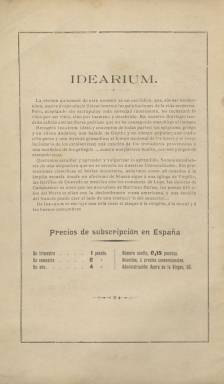
Título: Idearium (Granada. 1900)
Colección: Literatura
Ámbito geográfico: Granada
Lugar de publicación: Granada
Fechas: 15/06/1900-31/07/1900

Literatura y arte es la indicación que acompaña a la cabecera de esta revista publicada en el tránsito entre un siglo y otro como representante de “esa minoría culta que siempre ha existido en Granada”, según señala Emilio Orozco Díaz en el prólogo a los índices redactados por María Angustias Pardo López y Cristina Peregrín Pardo y publicados por la universidad granadina en 1985. De Idearium fueron editados hasta un total de 38 números quincenales, desde el 15 de junio de 1900 al 31 de diciembre de 1901, en cuadernos de 16 páginas, con foliación continuada y compuestas a una columna, revestidos por una cubierta de bello y modernista diseño y estampada a color, que salieron de la Tipografía-Litografía de la Viuda e Hijos de Paulino Ventura Traveset, al que se le atribuye, además, su propiedad. Será impulsada por el poeta y catedrático Miguel Gutiérrez Jiménez (1847-1914), que será su director literario, y el artístico, el pintor Isidoro Marín (1863-1926), destacando también de ella los dibujos, reproducciones artísticas y fotograbados que publica, por lo que cuando inicie su segunda época, el quince de enero de 1901 (número 16), adoptará el subtítulo de “revista andaluza ilustrada”, añadiendo a su carácter literario el de actualidad y ampliando también su ámbito territorial y de contenidos más allá del local para abarcar a toda la región andaluza, aunque ya los venía asumiendo desde sus inicios.

El propio fundador dirá de su periódico que “sin ser modernista, aspira a reproducir literariamente las palpitaciones de la vida moderna. Pero aceptando sin escrúpulos toda novedad interesante, no rechazará lo viejo por ser viejo, sino por inameno y desabrido”, añadiendo que recogerá “ideas y conceptos de todas partes: un epigrama griego y un chiste andaluz; una balada de Goethe y un cuento popular; una tradición persa y una leyenda granadina; el himno de los Boers y el revolucionario de los catalanistas; una canción de los trovadores provenzales y una muñeira de los gallegos”. De Idearium se excluirá “una sola cosa: el ataque a la religión, a la moral y a las buenas costumbres”, se termina afirmando en su exposición de intenciones. Es por tanto, un periódico que albergará la creación literaria, tanto en prosa como en verso, pero que también tratará asuntos de actualidad, desde cuestiones del pensamiento político e ideológico español a otras más livianas o de costumbres locales.

Un aspecto de capital importancia en torno a esta revista y que está reflejado en el título que adopta es su relación e influencia directa con el Idearium español, que Ángel Ganivet (1865-1898) había dado tres años antes a la imprenta en Granada. Precisamente, en el primer número de la revista aparecerá una “carta” bajo el rótulo Literatura inglesa, firmada por este autor granadino y acompañado de su retrato. Hasta un centenar y medio de nombres aparecen como autores de sus textos, entre locales, regionales, nacionales y extranjeros. Entre ellos, además de su director, se encontrarán C. José de Cuenca (que será posteriormente su administrador y gerente), Antonio Joaquín Afán de la Rivera, Amando Castroviejo, José Durbán y Orozco, Rodolfo Gil, Fermín Gil de Aincildegui, Salvador Gómez Anaya, Onofre González Quijano, Juan Guillén Sotelo, Plácido Langle, Ricardo León, Nicolás María López, Baltasar Martínez Durán, Matías Méndez Vellido, Isaac Muñoz Llorente, Miguel María de Pareja, Julio Pellicer, Antonio Rubio, José Sánchez Gerona o Pascual Santacruz, entre otros.

Pero también aparecen textos de Pedro Antonio de Alarcón, Serafín y Joaquín Álvarez Quintero, Antonio Arnao, Francisco Camba, Ramón de Campoamor, Ricardo J. Catarineu, Rubén Darío, Alphonse Daudet, Narciso Díaz de Escobar, José de Espronceda, Mariano Gaspar Remiro, Enrique Gómez Carrillo, Heinrich Heine, Alejandro Larrubiera, Antonio Ledesma, Javier Laso de la Vega, Marcelino Menéndez Pelayo, Manuel Paso, Manuel Reina o Salvador Rueda, entre otros. Como ilustradores, entre otros, colaboran, además de Isidoro Marín, C. José de Cuenca, Rafael Latorre, José María López Mezquita, E. Muñoz Vega o I. Hernández Gómez. Inserta reproducciones de obras de los citados Marín y Cuenca, además de Mariano Fortuny, Rafael Latorre, Julio Romero de Torres o de Tomás Muñoz Lucena, entre otros. También inserta numerosos retratos de literatos y políticos, y vistas de Granada (entre ellas de La Alhambra o de la festividad del Corpus), Almería, Antequera, Córdoba, Huelva o Málaga (publicará números dedicados a cada provincia).

La colección de este título en la Biblioteca Nacional de España sólo la integran los cuatro primeros números (el número 1, sin cubierta).  De los mismos talleres de Paulino Ventura Traveset apareció un almanaque para 1901 con el título Idearium Noél, con textos de Pedro Antonio de Alarcón, C. José de Cuenca, Nicolás María López o Antonio Ledesma, entre otros, e ilustraciones con un dibujo original e inédito y en color de Fortuny, así como otros de Isidoro Marín, Rafael Latorre o José R. Almodóvar. En este almanaque se anuncia las mejoras que tendrá la revista a partir de entonces, como es un aumento de su formato, siendo también mayores las ilustraciones que publique. Además del estudio e índices publicados por la Universidad de Granada en 1985, otra referencia bibliográfica para este título es la de A. Correa Ramón (1998).